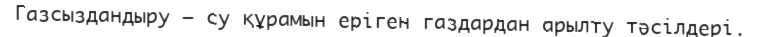
Газсыздандыру – су құрамын еріген газдардан арылту тәсілдері.